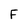
Character: F